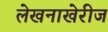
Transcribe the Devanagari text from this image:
लेखनाखेरीज